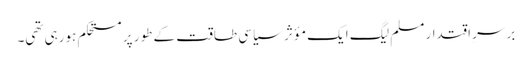
برسرِ اقتدار مسلم لیگ ایک مؤثر سیاسی طاقت کے طور پر مستحکم ہورہی تھی۔